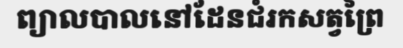
ព្យាលបាលនៅដែនជំរកសត្វព្រៃ